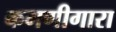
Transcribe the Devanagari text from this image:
कमणीगारा